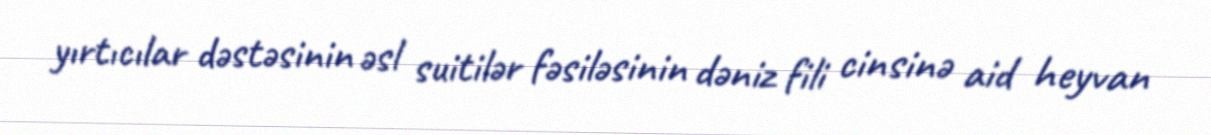
yırtıcılar dəstəsinin əsl suitilər fəsiləsinin dəniz fili cinsinə aid heyvan